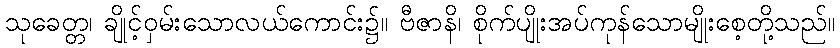
သုခေတ္တ၊ ချိုင့်ဝှမ်းသောလယ်ကောင်း၌။ ဗီဇာနိ၊ စိုက်ပျိုးအပ်ကုန်သောမျိုးစေ့တို့သည်။